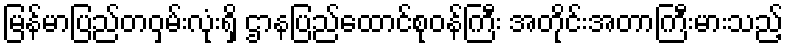
မြန်မာပြည်တဝှမ်းလုံးရှိ ဌာနပြည်ထောင်စုဝန်ကြီး အတိုင်းအတာကြီးမားသည့်